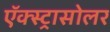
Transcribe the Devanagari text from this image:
ऍक्स्ट्रासोलर